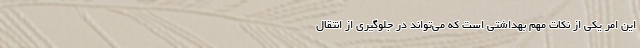
این امر یکی از نکات مهم بهداشتی است که می‌تواند در جلوگیری از انتقال